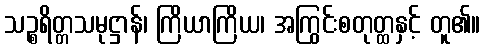
သဉ္စရိတ္တသမုဋ္ဌာန်၊ ကြိယာကြိယ၊ အကြွင်းစတုတ္ထနှင့် တူ၏။